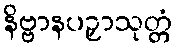
နိဗ္ဗာနပဉှာသုတ္တံ